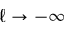
\ell \to - \infty